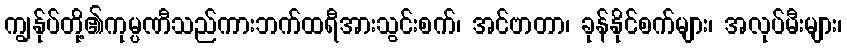
ကျွန်ုပ်တို့၏ကုမ္ပဏီသည်ကားဘက်ထရီအားသွင်းစက်၊ အင်ဗာတာ၊ ခုန်နိုင်စက်များ၊ အလုပ်မီးများ၊